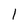
Character: 1